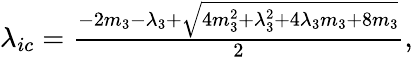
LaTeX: \begin{array}{ll}{\lambda_{ic}=\frac{-2m_{3}-\lambda_{3}+\sqrt{4m_{3}^{2}+\lambda_{3}^{2}+4\lambda_{3}m_{3}+8m_{3}}}{2},}\end{array}